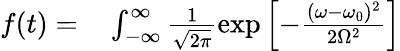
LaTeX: \begin{array}{rl}{f(t)=}&{{}\int_{-\infty}^{\infty}\frac{1}{\sqrt{2\pi}}\exp\left[-\frac{(\omega-\omega_{0})^{2}}{2\Omega^{2}}\right]}\end{array}